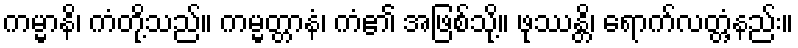
ကမ္မာနိ၊ ကံတို့သည်။ ကမ္မတ္တာနံ၊ ကံ၏ အဖြစ်သို့။ ဖုဿန္တိ၊ ရောက်လတ္တံ့နည်း။